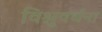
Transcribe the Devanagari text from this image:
विश्नुवर्धना